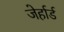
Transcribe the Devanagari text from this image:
जेर्हार्ड